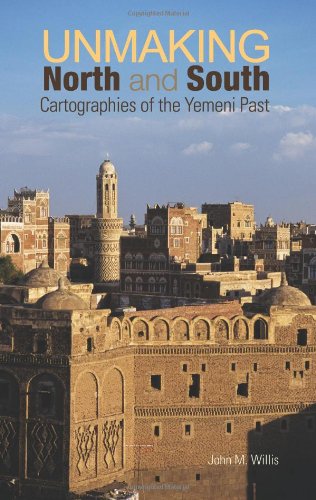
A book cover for Unmaking North and South: Cartographies of the Yemeni Past (Columbia/Hurst); John M. Willis; History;